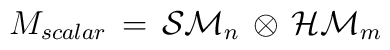
M_{scalar} \, = \, {\cal SM}_n \, \otimes \, {\cal HM}_m